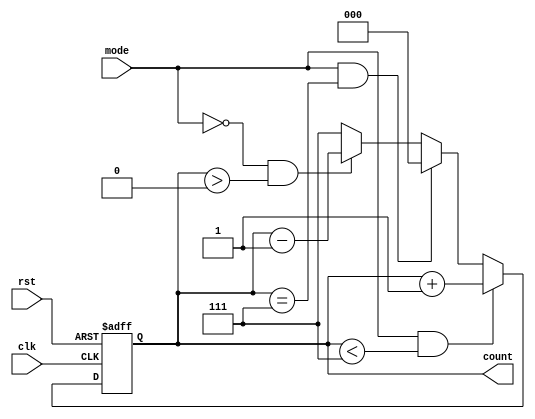
module threebit_updown_count(count,mode,clk,rst);
   output reg [2:0]count=3'd0;
   input clk,rst,mode;
   always @(posedge clk or negedge rst)
   begin
      if(!rst)
      begin
         count=0;
      end
      else
      begin
         if(mode==1&&count<3'd7)
         count=count+1;
         else if(mode==1&&count==3'd7)
         count=3'd0;
         else if(mode==0&&count>3'd0)
         count=count-1;
         else
         count=3'd7;
         end
    end
endmodule